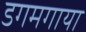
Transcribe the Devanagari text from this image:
डगमगाया